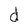
Character: d